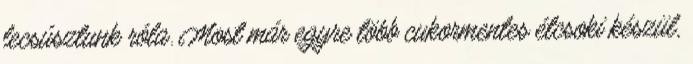
lecsúsztunk róla. Most már egyre több cukormentes étcsoki készül,